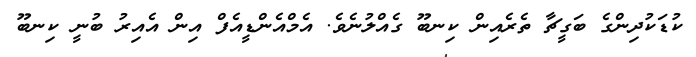
ކުޑަކުދިންގެ ބަގީޗާ ތެރެއިން ކިނބޫ ގެއްލުނެވެ. އެމްއެންޑީއެފް އިން އެއިރު ބުނީ ކިނބޫ